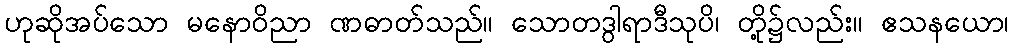
ဟုဆိုအပ်သော မနောဝိညာ ဏဓာတ်သည်။ သောတဒွါရာဒီသုပိ၊ တို့၌လည်း။ ဧသနယော၊